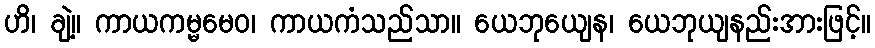
ဟိ၊ ချဲ့။ ကာယကမ္မမေဝ၊ ကာယကံသည်သာ။ ယေဘုယျေန၊ ယေဘုယျနည်းအားဖြင့်။